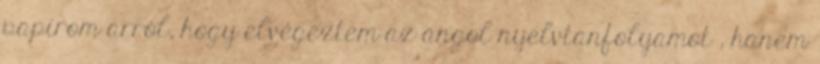
papírom arról, hogy elvégeztem az angol nyelvtanfolyamot , hanem